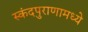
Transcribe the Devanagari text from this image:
स्कंदपुराणामध्ये